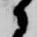
候